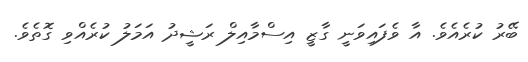
ބޭރު ކުރެއެވެ. އާ ވެފައިވަނީ ގާޒީ އިސްމާއިލް ރަޝީދު އަމަލު ކުރެއްވި ގޮތެވެ.